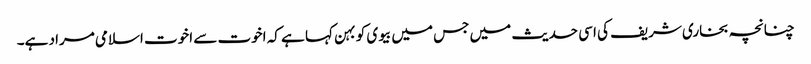
چنانچہ بخاری شریف کی اسی حدیث میں جس میں بیوی کو بہن کہا ہے کہ اخوت سے اخوت اسلامی مراد ہے۔